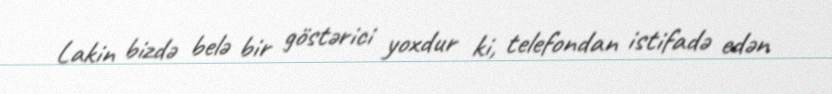
Lakin bizdə belə bir göstərici yoxdur ki, telefondan istifadə edən